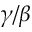
\gamma / \beta